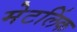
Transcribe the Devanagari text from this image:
मेटलिंक